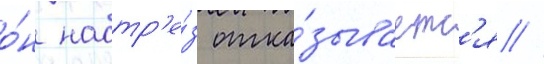
о́н наотр'е́з отка́зываетс'я //